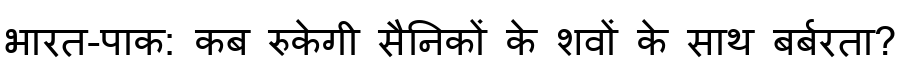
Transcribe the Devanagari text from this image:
भारत-पाक: कब रुकेगी सैनिकों के शवों के साथ बर्बरता?